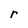
Character: r